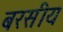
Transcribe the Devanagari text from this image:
बरसीय